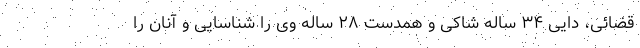
قضائی، دایی ۳۴ ساله شاکی و همدست ۲۸ ساله وی را شناسایی و آنان را